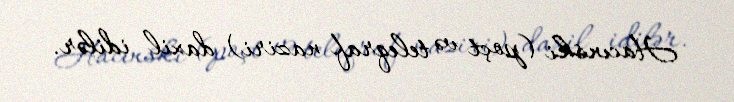
Hacınski (poçt və teleqraf naziri) daxil idilər.